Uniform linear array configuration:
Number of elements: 4
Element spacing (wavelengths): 1
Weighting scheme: blackman
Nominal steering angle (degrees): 45
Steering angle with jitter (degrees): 43.896
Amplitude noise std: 0.05
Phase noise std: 0.05

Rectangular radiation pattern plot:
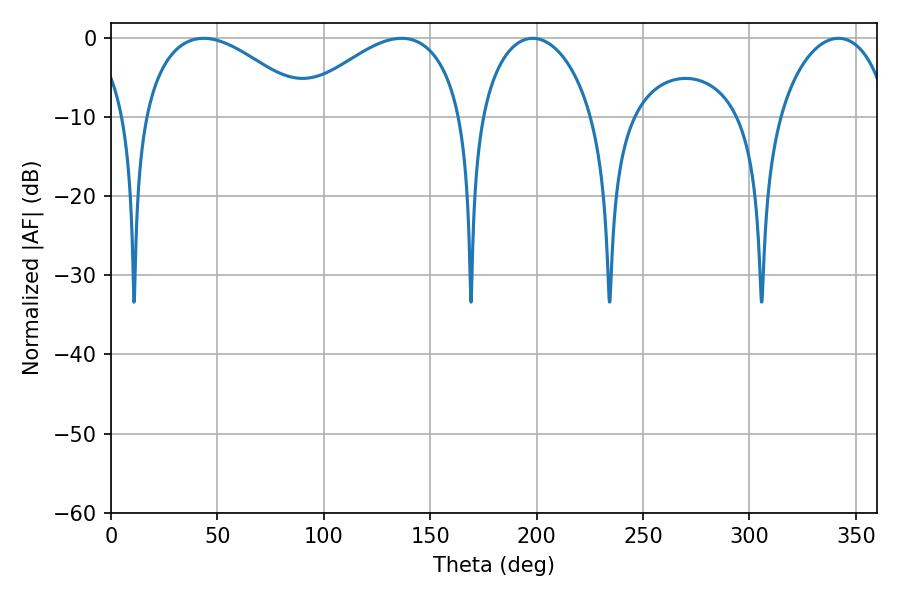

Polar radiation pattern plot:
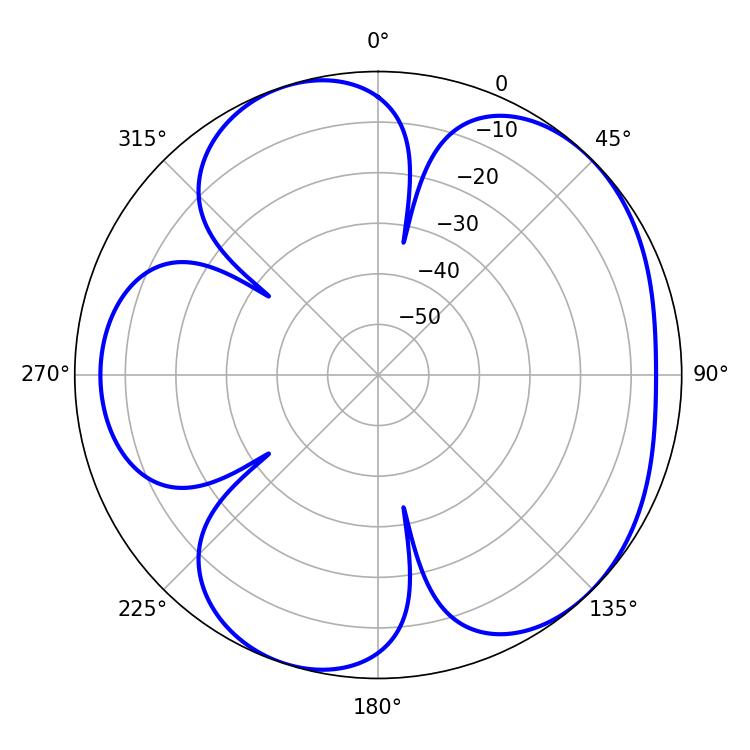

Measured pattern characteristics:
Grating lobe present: TRUE
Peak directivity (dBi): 5.105
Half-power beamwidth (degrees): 30.42
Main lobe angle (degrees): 198.18